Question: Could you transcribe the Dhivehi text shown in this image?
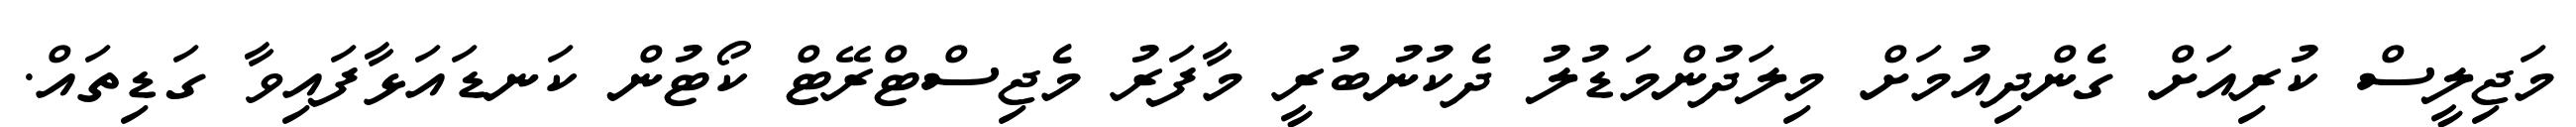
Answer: މަޖިލީސް ކުރިއަށް ގެންދިއުމަށް މިލަދުންމަޑުލު ދެކުނުބުރީ މާފަރު މެޖިސްޓްރޭޓް ކޯޓުން ކަނޑައަޅާފައިވާ ގަޑިތައް.